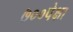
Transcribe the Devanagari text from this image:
७००पेक्षा